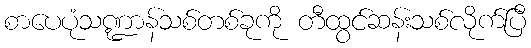
စာပေပုံသဏ္ဍာန်သစ်တစ်ခုကို တီထွင်ဆန်းသစ်လိုက်ပြီ